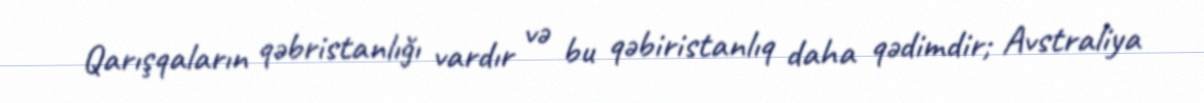
Qarışqaların qəbristanlığı vardır və bu qəbiristanlıq daha qədimdir; Avstraliya